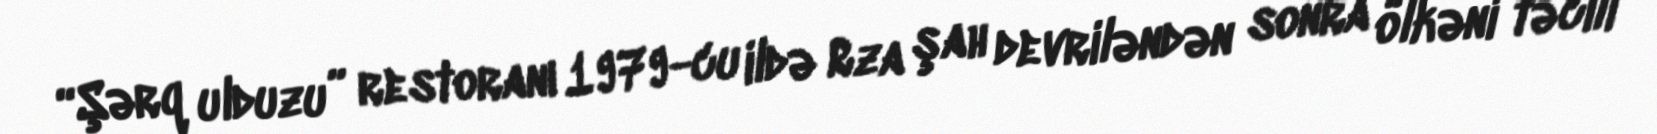
“Şərq ulduzu” restoranı 1979-cu ildə Rza şah devriləndən sonra ölkəni təcili